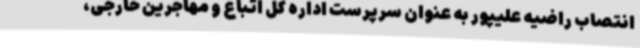
انتصاب راضیه علیپور به عنوان سرپرست اداره کل اتباع و مهاجرین خارجی،